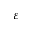
\varepsilon